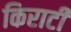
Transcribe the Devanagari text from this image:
किराटी